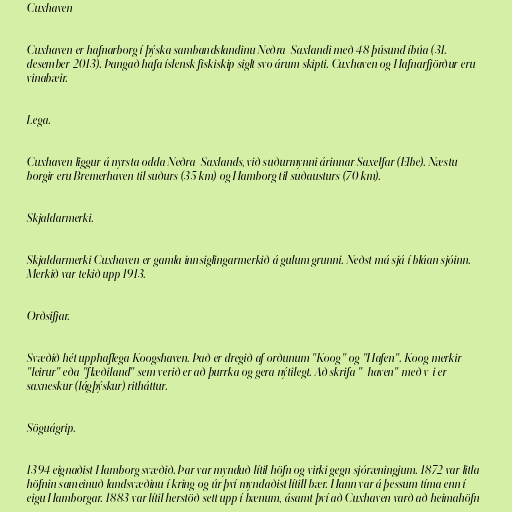
Cuxhaven

Cuxhaven er hafnarborg í þýska sambandslandinu Neðra-Saxlandi með 48 þúsund íbúa (31.
desember 2013). Þangað hafa íslensk fiskiskip siglt svo árum skipti. Cuxhaven og Hafnarfjörður eru
vinabæir.

Lega.

Cuxhaven liggur á nyrsta odda Neðra-Saxlands, við suðurmynni árinnar Saxelfar (Elbe). Næstu
borgir eru Bremerhaven til suðurs (35 km) og Hamborg til suðausturs (70 km).

Skjaldarmerki.

Skjaldarmerki Cuxhaven er gamla innsiglingarmerkið á gulum grunni. Neðst má sjá í bláan sjóinn.
Merkið var tekið upp 1913.

Orðsifjar.

Svæðið hét upphaflega Koogshaven. Það er dregið af orðunum "Koog" og "Hafen". Koog merkir
"leirur" eða "flæðiland" sem verið er að þurrka og gera nýtilegt. Að skrifa "-haven" með v-i er
saxneskur (lágþýskur) ritháttur.

Söguágrip.

1394 eignaðist Hamborg svæðið. Þar var mynduð lítil höfn og virki gegn sjóræningjum. 1872 var litla
höfnin sameinuð landsvæðinu í kring og úr því myndaðist lítill bær. Hann var á þessum tíma enn í
eigu Hamborgar. 1883 var lítil herstöð sett upp í bænum, ásamt því að Cuxhaven varð að heimahöfn